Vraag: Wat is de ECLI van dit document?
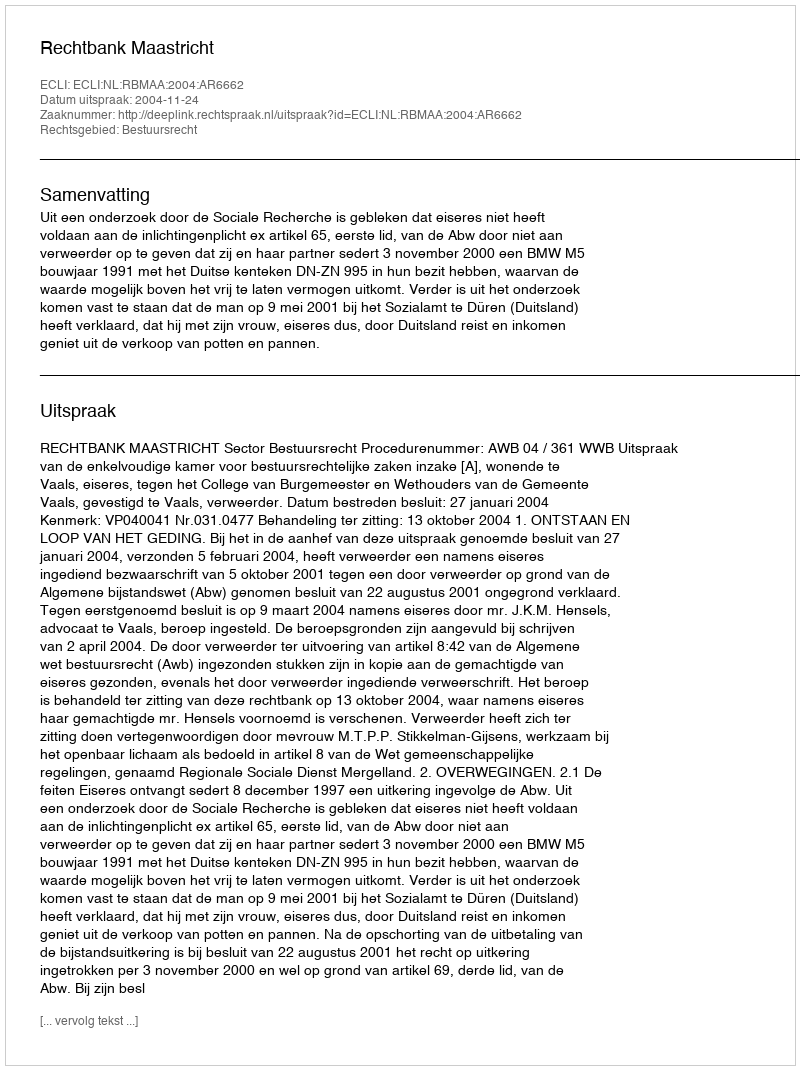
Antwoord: ECLI:NL:RBMAA:2004:AR6662